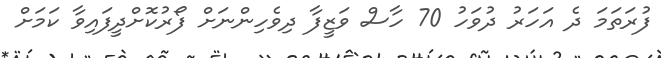
ފުރަތަމަ ދެ އަހަރު ދުވަހު 70 ހާސް ވަޒީފާ ދިވެހިންނަށް ފޯރުކޮށްދީފައިވާ ކަމަށް